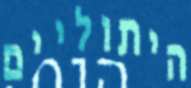
היתוליים